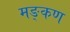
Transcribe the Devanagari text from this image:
मङ्कण